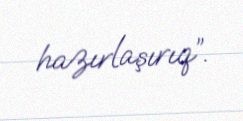
hazırlaşırıq”.